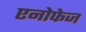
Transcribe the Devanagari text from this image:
एनोफेज